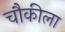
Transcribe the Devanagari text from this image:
चौकीला